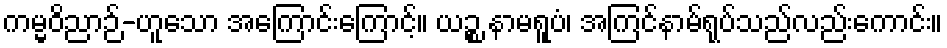
ကမ္မဝိညာဉ်-ဟူသော အကြောင်းကြောင့်။ ယဉ္စ နာမရူပံ၊ အကြင်နာမ်ရုပ်သည်လည်းကောင်း။